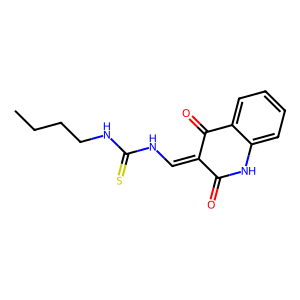
SMILES: CCCCNC(=S)NC=C1C(=O)Nc2ccccc2C1=O
Inhibits HIV replication: No